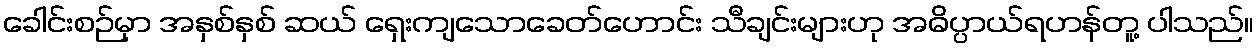
ခေါင်းစဉ်မှာ အနှစ်နှစ် ဆယ် ရှေးကျသောခေတ်ဟောင်း သီချင်းများဟု အဓိပ္ပာယ်ရဟန်တူ့ ပါသည်။